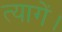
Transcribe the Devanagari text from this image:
त्यागें।